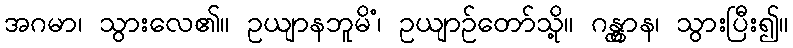
အဂမာ၊ သွားလေ၏။ ဥယျာနဘူမိံ၊ ဥယျာဉ်တော်သို့။ ဂန္တွာန၊ သွားပြီး၍။